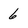
Character: 6